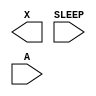
module sky130_fd_sc_hd__lpflow_isobufsrc (
    X    ,
    SLEEP,
    A
);

    output X    ;
    input  SLEEP;
    input  A    ;

    // Voltage supply signals
    supply1 VPWR;
    supply0 VGND;
    supply1 VPB ;
    supply0 VNB ;

endmodule